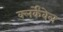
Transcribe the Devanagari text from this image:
क्लर्केंवेल